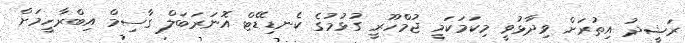
ރަޝީދު އިތުރަށް ވިދާޅުވީ މިކަމަކަމީ ޖުމްހޫރީ ގުޅުމުގެ ކެނޑިޑޭޓް އޮނަރަބަލް ގާސިމް އިބްރާހީމަށް